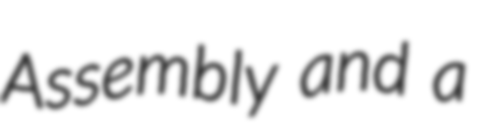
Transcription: Assembly and a